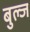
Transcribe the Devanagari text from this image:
बुल्ज